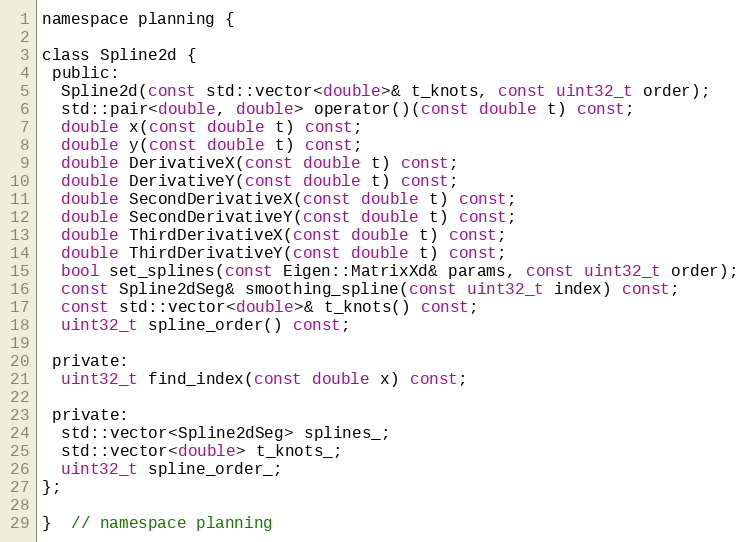
Language: C
namespace planning {

class Spline2d {
 public:
  Spline2d(const std::vector<double>& t_knots, const uint32_t order);
  std::pair<double, double> operator()(const double t) const;
  double x(const double t) const;
  double y(const double t) const;
  double DerivativeX(const double t) const;
  double DerivativeY(const double t) const;
  double SecondDerivativeX(const double t) const;
  double SecondDerivativeY(const double t) const;
  double ThirdDerivativeX(const double t) const;
  double ThirdDerivativeY(const double t) const;
  bool set_splines(const Eigen::MatrixXd& params, const uint32_t order);
  const Spline2dSeg& smoothing_spline(const uint32_t index) const;
  const std::vector<double>& t_knots() const;
  uint32_t spline_order() const;

 private:
  uint32_t find_index(const double x) const;

 private:
  std::vector<Spline2dSeg> splines_;
  std::vector<double> t_knots_;
  uint32_t spline_order_;
};

}  // namespace planning